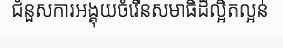
ជំនួសការអង្គុយចំរើនសមាធិដ៏ល្អិតល្អន់